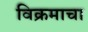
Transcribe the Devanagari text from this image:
विक्रमाचा